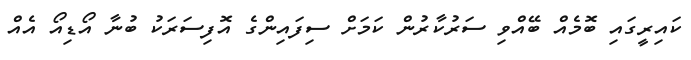
ކައިރީގައި ބޮމެއް ބޭއްވި ސަރުކާރުން ކަމަށް ސިފައިންގެ އޮފިސަރަކު ބުނާ އޯޑިއޯ އެއް